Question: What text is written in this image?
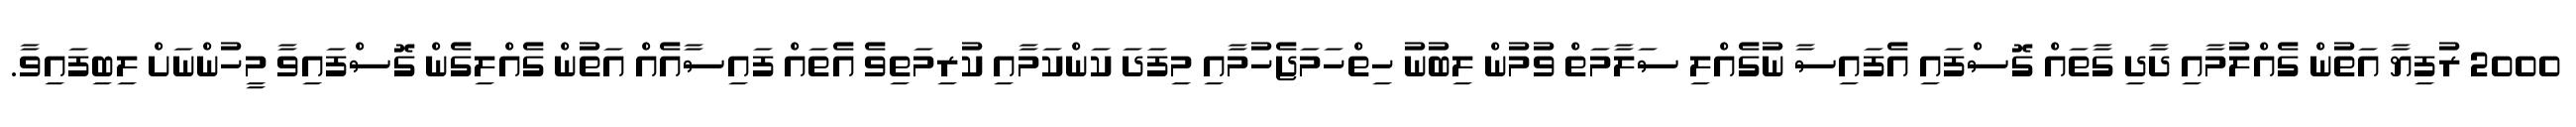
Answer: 2000 ރުފިޔާ އަތުން ގެއްލުމާއި ދާދި ގާތައް ގޮސްފައި އެފައިސާ ނުގެއްލި ސަލާމަތް ވުމުން ލިބުނު ހިތްހަމަޖެހުމާއި މިފަދަ ކަންކަމާއި ކުރިމަތިވެ އެތައް ފައިސާއެއް އަތުން ގެއްލިގެން ގޮސްފައިވާ މީހުންނަށް ލިބިފައިވާ.